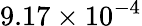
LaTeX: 9.17\times 10^{-4}